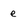
Character: e